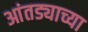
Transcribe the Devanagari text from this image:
आंतड्याच्या